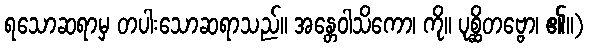
ရသောဆရာမှ တပါးသောဆရာသည်။ အန္တေဝါသိကော၊ ကို။ ပုစ္ဆိတဗ္ဗော၊ ၏။)